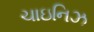
ચાઇનિઝ